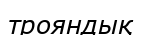
трояндық